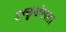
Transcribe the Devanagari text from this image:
उच्छृखंलता